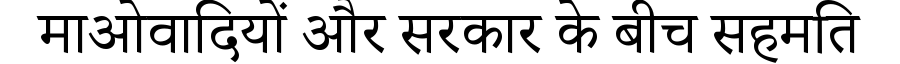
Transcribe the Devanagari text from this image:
माओवादियों और सरकार के बीच सहमति